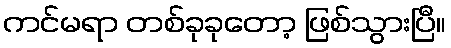
ကင်မရာ တစ်ခုခုတော့ ဖြစ်သွားပြီ။